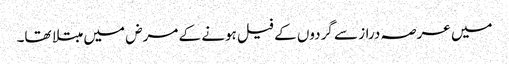
میں عرصہ دراز سے گردوں کے فیل ہونے کے مرض میں مبتلا تھا۔